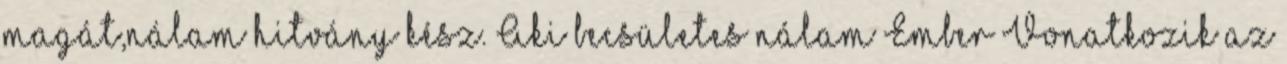
magát,nálam hitvány kész. Aki becsületes nálam Ember Vonatkozik az